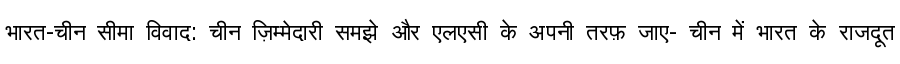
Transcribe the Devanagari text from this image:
भारत-चीन सीमा विवाद: चीन ज़िम्मेदारी समझे और एलएसी के अपनी तरफ़ जाए- चीन में भारत के राजदूत